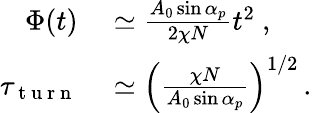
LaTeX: \begin{array}{rl}{\Phi(t)}&{{}\simeq\frac{A_{0}\sin\alpha_{p}}{2\chi N}t^{2}\ ,}\\ {\tau_{\mathrm{~t~u~r~n~}}}&{{}\simeq\left(\frac{\chi N}{A_{0}\sin\alpha_{p}}\right)^{1/2}\, .}\end{array}